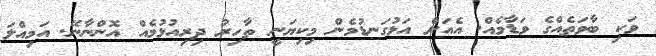
ވަކި ބާވަތެއްގެ ވަޑާމެއް. އެއަށް އަޅުގަނޑުމެން މިކިޔަނީ ތާހިރު ދިރިއުޅުމެއް އޮންނާނޭ. އަމިއްލަ